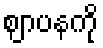
ဈာပနကို